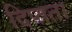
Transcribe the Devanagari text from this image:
दिप्तता